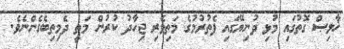
ޚާލިޞް ގޮތުގައި މުޅި ދުނިޔޭގައި ފެތުރުމުގެ މަތިވެރި ޖިހާދު ކުރުން މަތީ ދެމިތިބެގެންނެވެ.